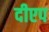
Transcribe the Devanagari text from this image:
दीएप